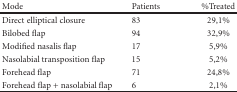
<table><thead><tr><td><b>Mode</b></td><td><b>Patients</b></td><td><b>%Treated</b></td></tr></thead><tbody><tr><td>Direct elliptical closure</td><td>83</td><td>29,1%</td></tr><tr><td>Bilobed flap</td><td>94</td><td>32,9%</td></tr><tr><td>Modified nasalis flap</td><td>17</td><td>5,9%</td></tr><tr><td>Nasolabial transposition flap</td><td>15</td><td>5,2%</td></tr><tr><td>Forehead flap</td><td>71</td><td>24,8%</td></tr><tr><td>Forehead flap + nasolabial flap</td><td>6</td><td>2,1%</td></tr></tbody></table>